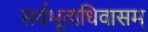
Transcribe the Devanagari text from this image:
सर्वभूताधिवासम्